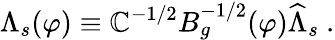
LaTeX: \Lambda_{s}(\varphi)\equiv\mathbb{C}^{-1/2}B_{g}^{-1/2}(\varphi)\widehat{\Lambda}_{s}\ .